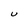
Character: U